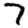
Digit: 7